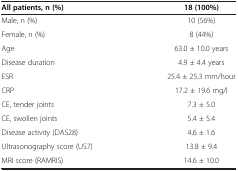
<table><thead><tr><td><b>All patients, n (%)</b></td><td><b>18 (100%)</b></td></tr></thead><tbody><tr><td>Male, n (%)</td><td>10 (56%)</td></tr><tr><td>Female, n (%)</td><td>8 (44%)</td></tr><tr><td>Age</td><td>63.0 ± 10.0 years</td></tr><tr><td>Disease duration</td><td>4.9 ± 4.4 years</td></tr><tr><td>ESR</td><td>25.4 ± 25.3 mm/hour</td></tr><tr><td>CRP</td><td>17.2 ± 19.6 mg/l</td></tr><tr><td>CE, tender joints</td><td>7.3 ± 5.0</td></tr><tr><td>CE, swollen joints</td><td>5.4 ± 5.4</td></tr><tr><td>Disease activity (DAS28)</td><td>4.6 ± 1.6</td></tr><tr><td>Ultrasonography score (US7)</td><td>13.8 ± 9.4</td></tr><tr><td>MRI score (RAMRIS)</td><td>14.6 ± 10.0</td></tr></tbody></table>